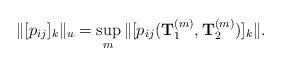
LaTeX: \begin{align*}\|[p_{ij}]_k\|_u=\sup_{m}\|[p_{ij}({\bf T}_1^{(m)}, {\bf T}_2^{(m)})]_k\|.\end{align*}